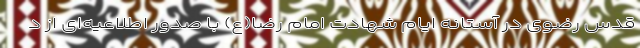
قدس رضوی در آستانه ایام شهادت امام رضا(ع) با صدور اطلاعیه‌ای از د